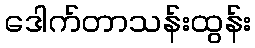
ဒေါက်တာသန်းထွန်း